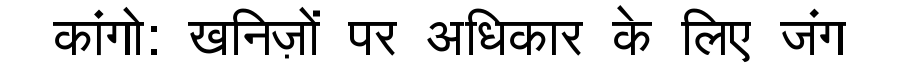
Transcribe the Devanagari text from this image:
कांगो: खनिज़ों पर अधिकार के लिए जंग